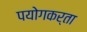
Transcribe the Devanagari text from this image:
पयोगकर्ता